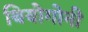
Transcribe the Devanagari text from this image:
थियोगोनी